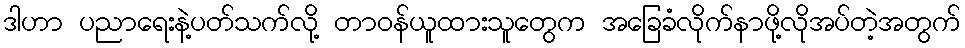
ဒါဟာ ပညာရေးနဲ့ပတ်သက်လို့ တာဝန်ယူထားသူတွေက အခြေခံလိုက်နာဖို့လိုအပ်တဲ့အတွက်